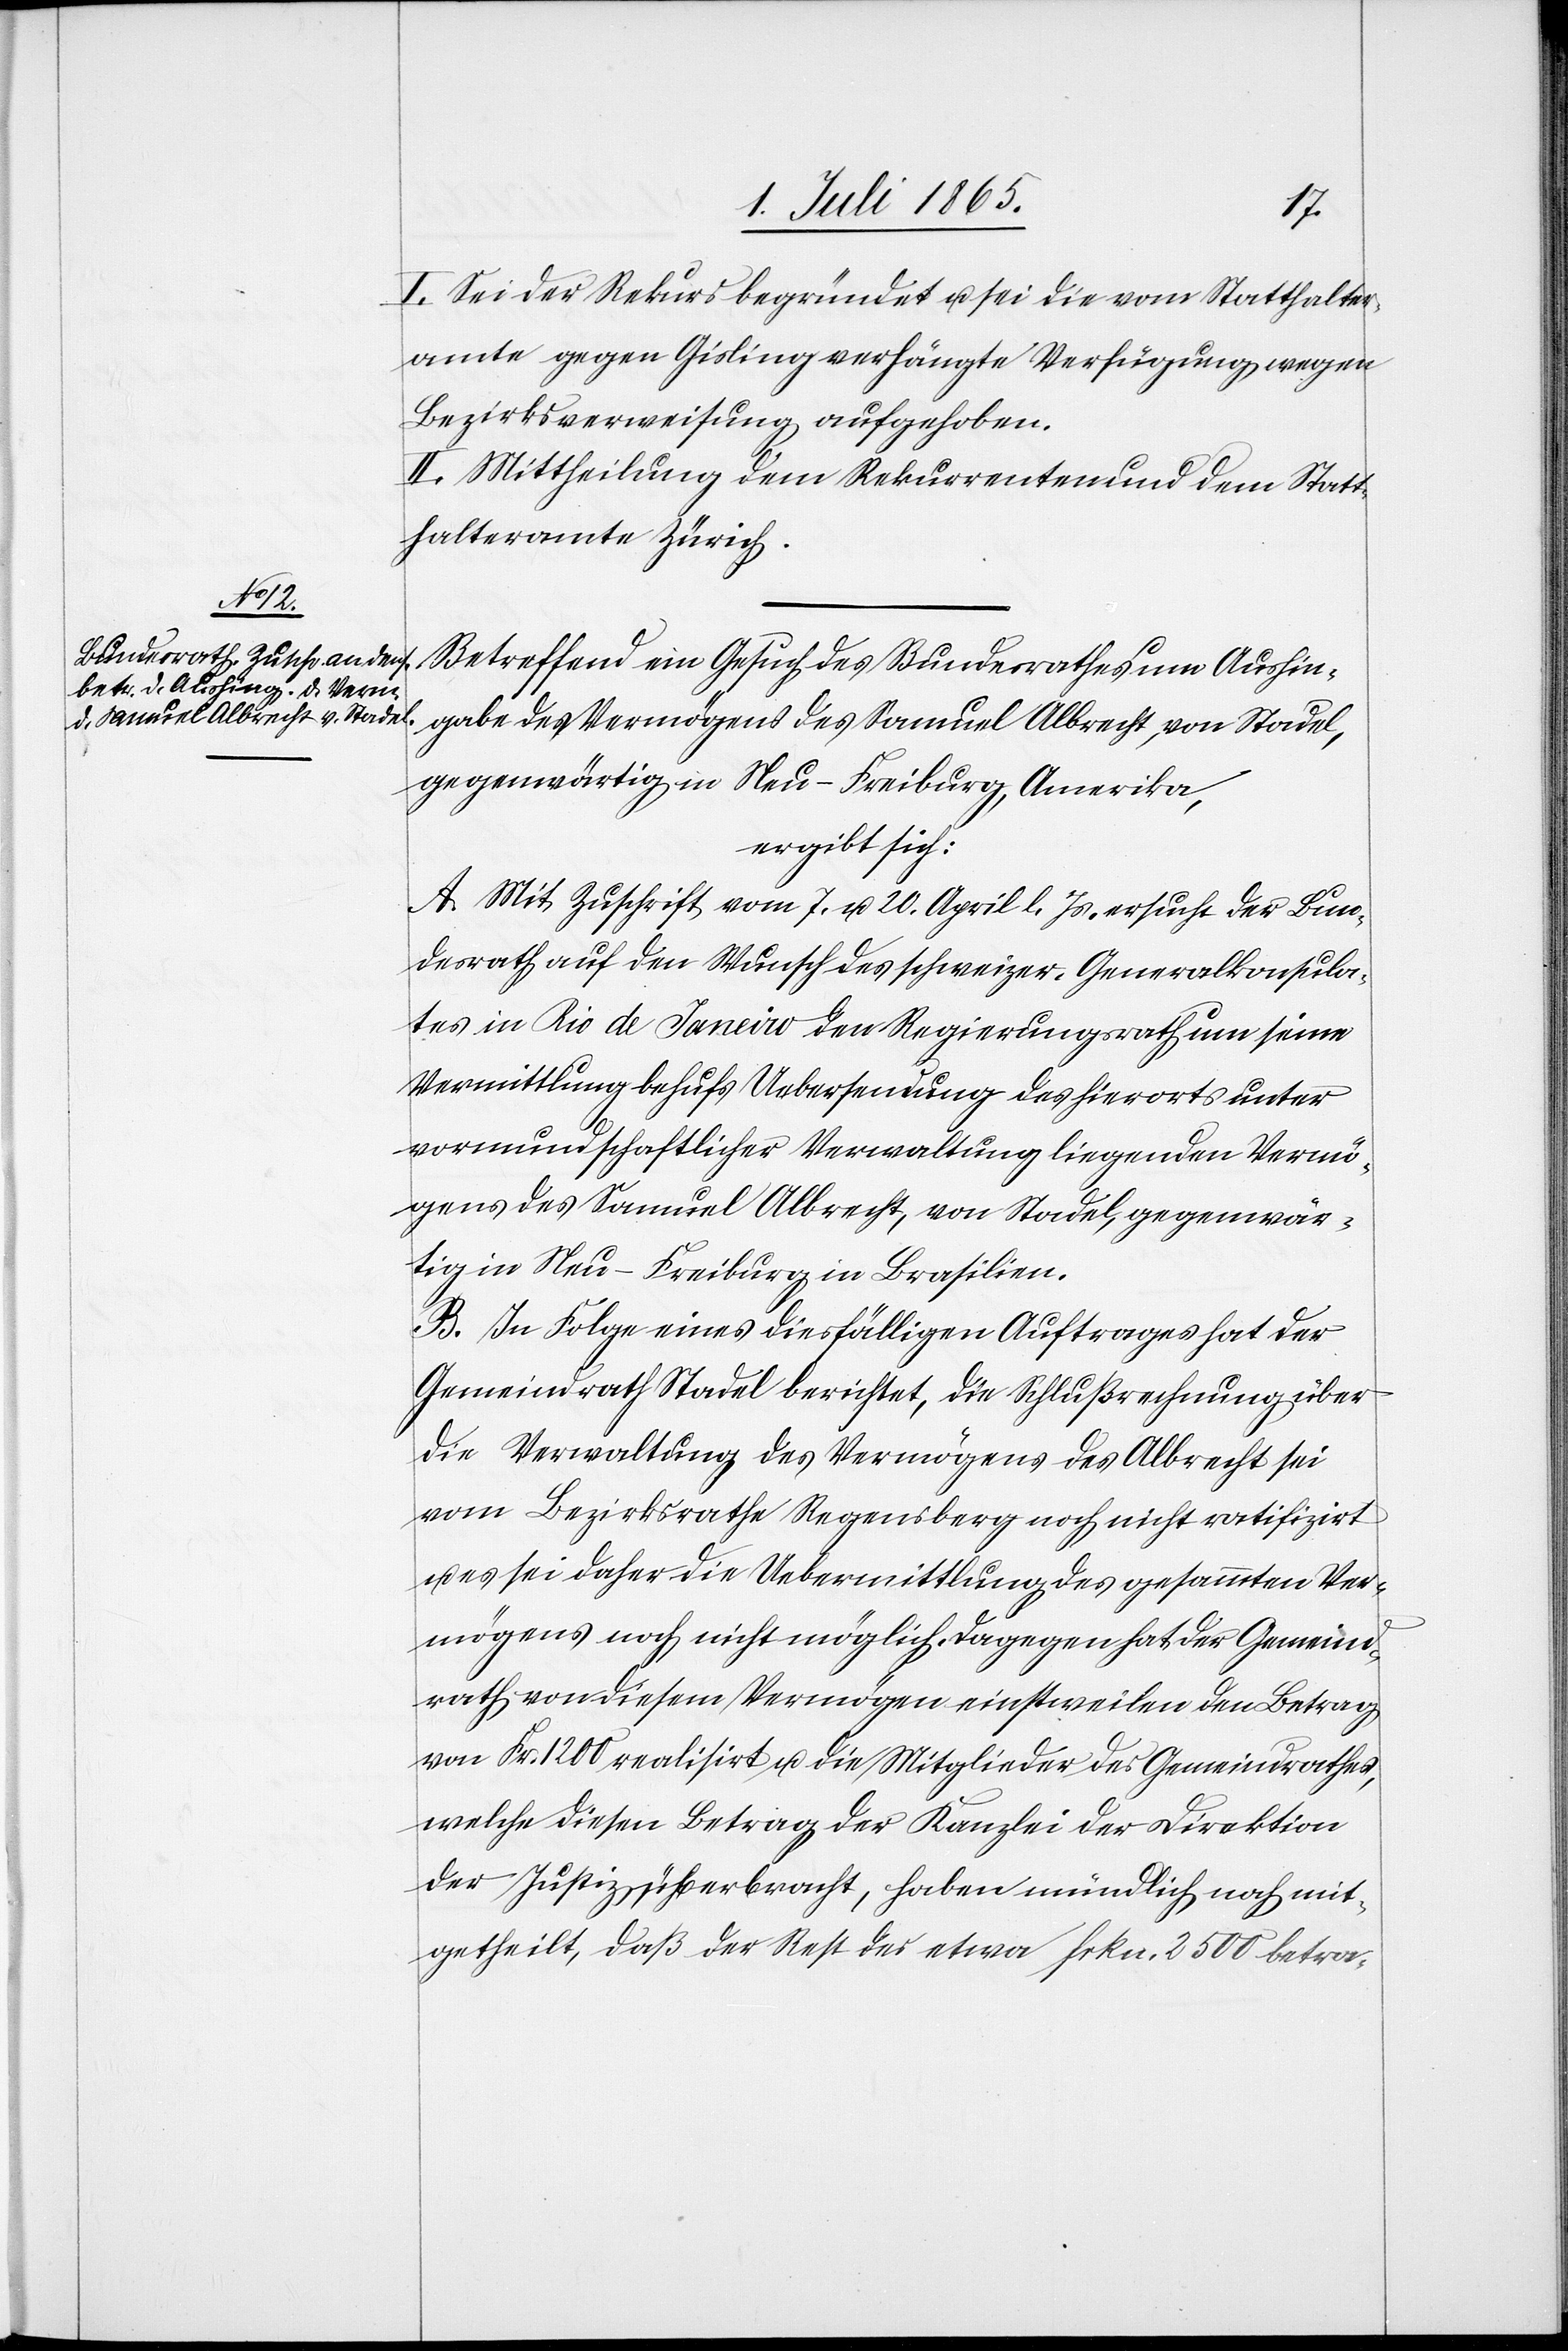
I. Sei der Rekurs begründet u. sei die vom Statthalter¬
amte gegen Gisling verhängte Verfügung wegen
Bezirksverweisung aufgehoben.
II. Mittheilung dem Rekurrenten und dem Statt¬
halteramte Zürich.
Betreffend ein Gesuch des Bundesrathes um Aushin¬
gabe des Vermögens des Samuel Albrecht, von Stadel,
gegenwärtig in Neu-Freiburg, Amerika,
ergibt sich:
A. Mit Zuschrift vom 7. u. 20. April l. Js. ersucht der Bun¬
desrath auf den Wunsch des schweizer. Generalkonsula¬
tes in Rio de Janeiro den Regierungsrath um seine
Vermittlung behufs Uebersendung des hierorts unter
vormundschaftlicher Verwaltung liegenden Vermö¬
gens des Samuel Albrecht, von Stadel, gegenwär¬
tig in Neu-Freiburg in Brasilien.
B. In Folge eines diesfälligen Auftrages hat der
Gemeindrath Stadel berichtet, die Schlußrechnung über
die Verwaltung des Vermögens des Albrecht sei
vom Bezirksrathe Regensberg noch nicht ratifizirt
es sei daher die Uebermittlung des gesammten Ver¬
mögens noch nicht möglich. Dagegen hat der Gemeind¬
rath von diesem Vermögen einstweilen den Betrag
von Fr. 1200 realisirt u. die Mitglieder des Gemeindrathes,
welche diesen Betrag der Kanzlei der Direktion
der Justiz überbracht, haben mündlich noch mit¬
getheilt, daß der Rest des etwa Frkn. 2500 betra-